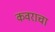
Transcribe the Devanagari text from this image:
कवराचा